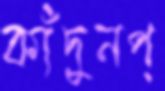
কাঁদুনপ্